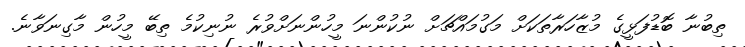
ތިބުނާ ބޮޑުފަޅީގެ މުޒާހަރާތަކަށް މަގުމައްޗަށް ނުކުންނަ މީހުންނަށްވުރެ ނުނިކުމެ ތިބޭ މީހުން މާގިނަވާނެ.